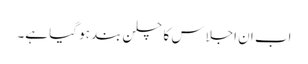
اب ان اجلاس کا چلن بند ہو گیا ہے۔